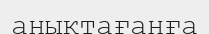
анықтағанға